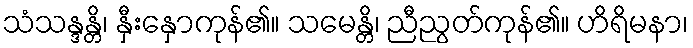
သံသန္ဒန္တိ၊ နှီးနှောကုန်၏။ သမေန္တိ၊ ညီညွတ်ကုန်၏။ ဟိရိမနာ၊